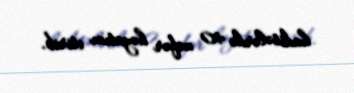
hadisələrdə 40 nəfər həyatını itirib.